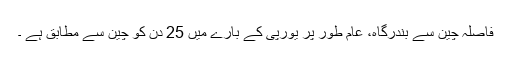
فاصلہ چین سے بندرگاہ، عام طور پر یورپی کے بارے میں 25 دن کو چین سے مطابق ہے ۔